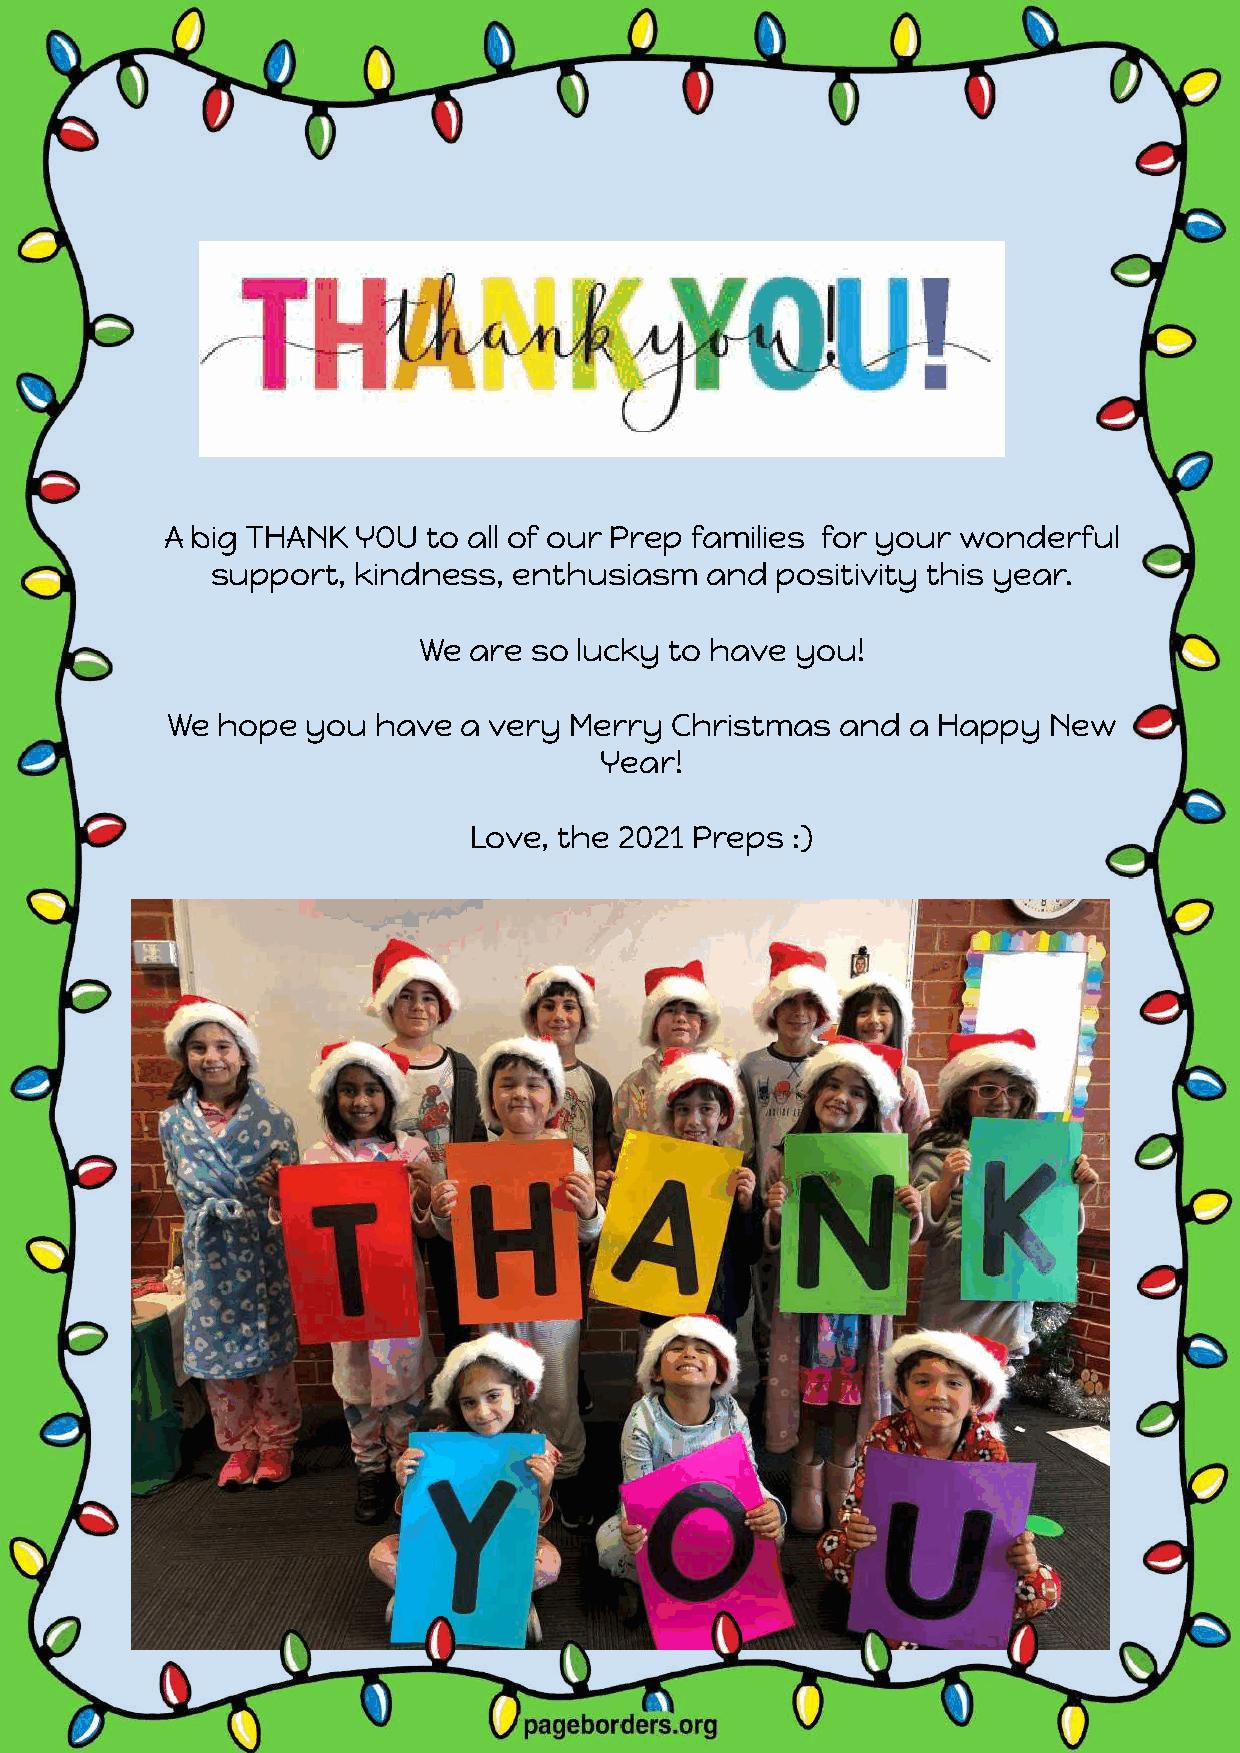
A big THANK  YOU to all of our Prep families for your wonderful
 support, kindness,  enthusiasm   and positivity this year.
 We are so lucky to have  you!
 We hope  you  have a very  Merry Christmas   and a Happy  New
 Year!
 Love, the 2021 Preps :)